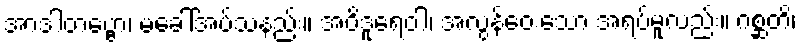
အာဒါတဗ္ဗော၊ မခေါ်အပ်သနည်း။ အဝိဒူရေဝါ၊ အလွန်ဝေးသော အရပ်မူလည်း။ ဂစ္ဆတိ၊